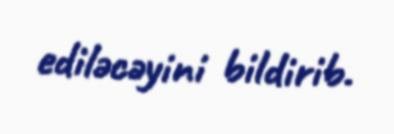
ediləcəyini bildirib.